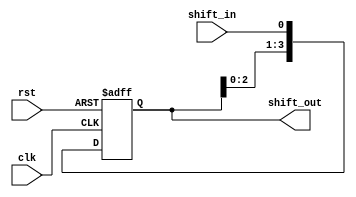
module shift_register (
    input wire clk,
    input wire rst,
    input wire shift_in,
    output reg [3:0] shift_out
);

reg [3:0] reg_data;

always @(posedge clk or posedge rst) begin
    if (rst) begin
        reg_data <= 4'b0000;
    end else begin
        reg_data <= {reg_data[2:0], shift_in};
    end
end

assign shift_out = reg_data;

endmodule